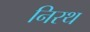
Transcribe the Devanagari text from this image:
निरथ